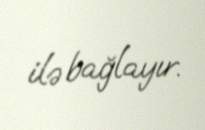
ilə bağlayır.